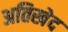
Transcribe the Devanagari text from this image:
अतिखेद